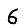
Digit: 6